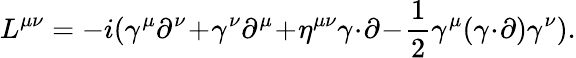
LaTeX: L^{\mu\nu}=-i(\gamma^{\mu}\partial^{\nu}\! +\! \gamma^{\nu}\partial^{\mu}\! +\! \eta^{\mu\nu}\gamma\! \cdot\! \partial\! -\! {\frac{1}{2}}\gamma^{\mu}(\gamma\! \cdot\! \partial)\gamma^{\nu}).